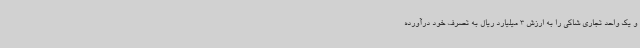
و یک واحد تجاری شاکی را به ارزش 3 میلیارد ریال به تصرف خود درآورده